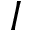
I